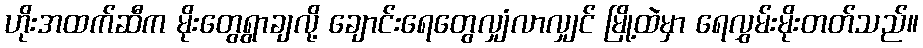
ဟိုးအထက်ဆီက မိုးတွေရွာချလို့ ချောင်းရေတွေလျှံလာလျှင် မြို့ထဲမှာ ရေလွှမ်းမိုးတတ်သည်။